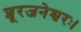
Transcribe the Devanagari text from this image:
शूरजनेश्वरः।